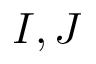
I , J